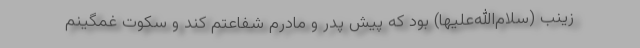
زینب (سلام‌الله‌علیها) بود که پیش پدر و مادرم شفاعتم کند و سکوت غمگینم